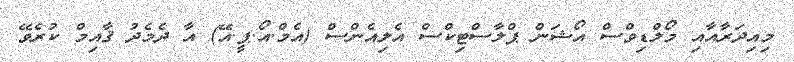
މިއިދަރާއާއި މޯލްޑިވްސް އޯޝަން ޕްލާސްޓިކްސް އެލިއެންސް (އެމް.އޯ.ޕީ.އޭ) އާ ދެމެދު ޤާއިމް ކުރެވޭ